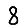
Digit: 8